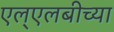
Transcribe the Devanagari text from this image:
एल्‌एलबीच्या